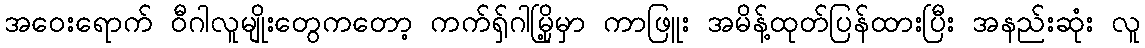
အဝေးရောက် ဝီဂါလူမျိုးတွေကတော့ ကက်ရှ်ဂါမြို့မှာ ကာဖြူး အမိန့်ထုတ်ပြန်ထားပြီး အနည်းဆုံး လူ